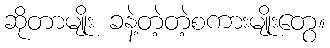
ဆိုတာမျိုး ခနဲ့တဲ့တဲ့စကားမျိုးတွေ။